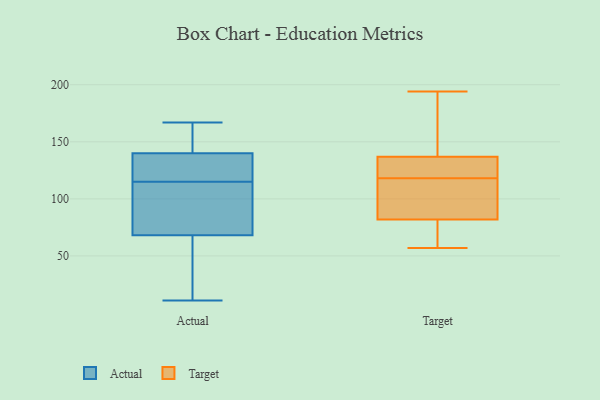
{"axis": {"x": "Churn Rate (%)", "y": "Value"}, "legend": ["Actual", "Target"], "data": [{"x": "", "y": 94, "type": "Actual"}, {"x": "", "y": 161, "type": "Actual"}, {"x": "", "y": 109, "type": "Actual"}, {"x": "", "y": 143, "type": "Actual"}, {"x": "", "y": 140, "type": "Actual"}, {"x": "", "y": 56, "type": "Actual"}, {"x": "", "y": 84, "type": "Actual"}, {"x": "", "y": 131, "type": "Actual"}, {"x": "", "y": 121, "type": "Actual"}, {"x": "", "y": 163, "type": "Actual"}, {"x": "", "y": 139, "type": "Actual"}, {"x": "", "y": 37, "type": "Actual"}, {"x": "", "y": 140, "type": "Actual"}, {"x": "", "y": 57, "type": "Actual"}, {"x": "", "y": 24, "type": "Actual"}, {"x": "", "y": 79, "type": "Actual"}, {"x": "", "y": 167, "type": "Actual"}, {"x": "", "y": 83, "type": "Actual"}, {"x": "", "y": 11, "type": "Actual"}, {"x": "", "y": 122, "type": "Actual"}, {"x": "", "y": 170, "type": "Target"}, {"x": "", "y": 82, "type": "Target"}, {"x": "", "y": 105, "type": "Target"}, {"x": "", "y": 67, "type": "Target"}, {"x": "", "y": 57, "type": "Target"}, {"x": "", "y": 193, "type": "Target"}, {"x": "", "y": 132, "type": "Target"}, {"x": "", "y": 137, "type": "Target"}, {"x": "", "y": 60, "type": "Target"}, {"x": "", "y": 117, "type": "Target"}, {"x": "", "y": 101, "type": "Target"}, {"x": "", "y": 135, "type": "Target"}, {"x": "", "y": 119, "type": "Target"}, {"x": "", "y": 194, "type": "Target"}]}